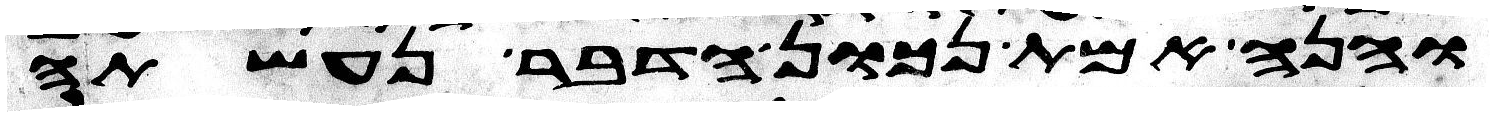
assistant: והנה אמת נכון הדבר נעשתה